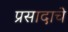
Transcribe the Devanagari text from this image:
प्रसादाचे